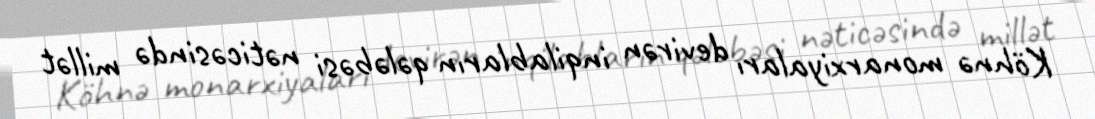
Köhnə monarxiyaları devirən inqilabların qələbəsi nəticəsində millət